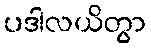
ပဒါလယိတွာ